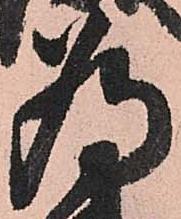
為